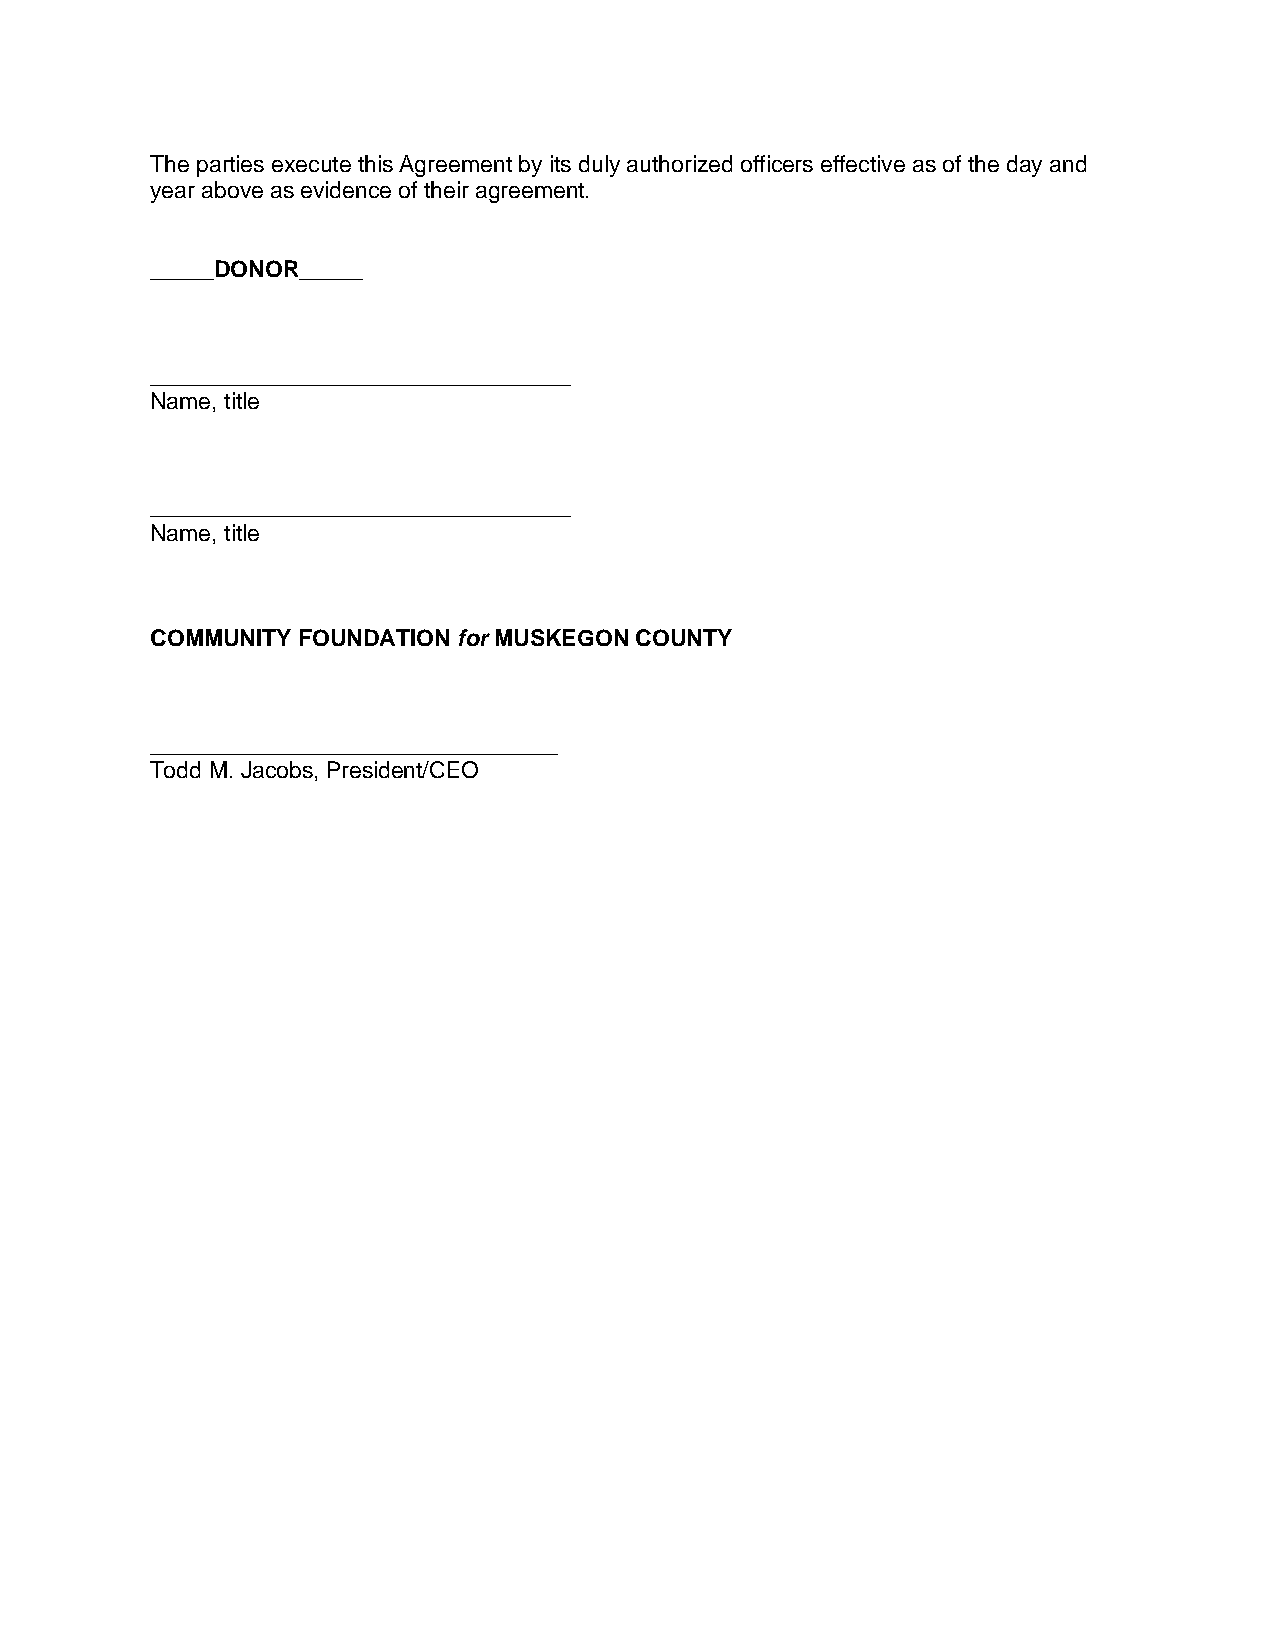
The parties execute this Agreement by its duly authorized officers effective as of the day and
 year above as evidence of their agreement.
 _____DONOR_____
 _________________________________
 Name, title
 _________________________________
 Name, title
 COMMUNITY FOUNDATION for MUSKEGON COUNTY
 ________________________________
 Todd M. Jacobs, President/CEO